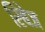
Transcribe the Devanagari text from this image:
रिबेज